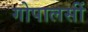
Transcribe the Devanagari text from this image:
गोपालसीं